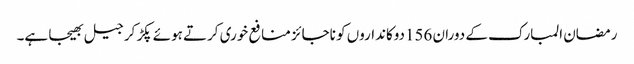
رمضان المبارک کے دوران 156دوکانداروں کو ناجائز منافع خوری کرتے ہوئے پکڑ کر جیل بھیجا ہے۔